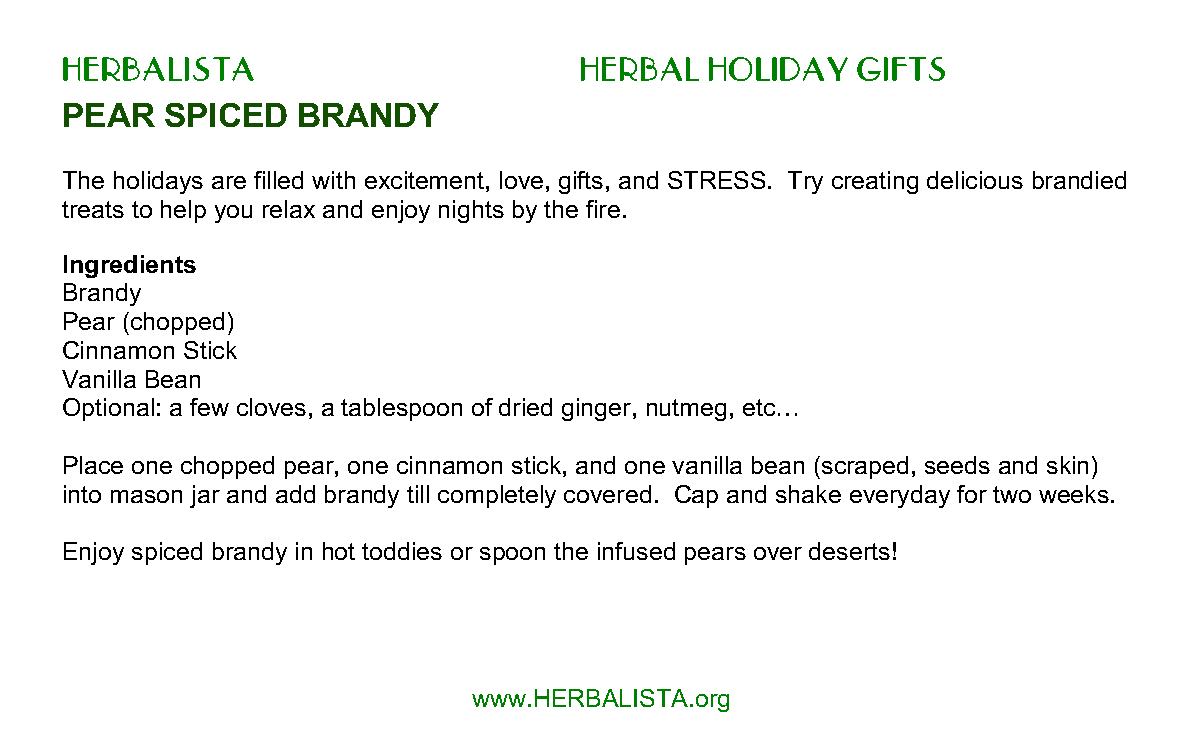
HERBALISTA                        HERBAL   HOLIDAY   GIFTS
 PEAR   SPICED   BRANDY
 The holidays are filled with excitement, love, gifts, and STRESS. Try creating delicious brandied
 treats to help you relax and enjoy nights by the fire.
 Ingredients
 Brandy
 Pear (chopped)
 Cinnamon Stick
 Vanilla Bean
 Optional: a few cloves, a tablespoon of dried ginger, nutmeg, etc…
 Place one chopped pear, one cinnamon stick, and one vanilla bean (scraped, seeds and skin)
 into mason jar and add brandy till completely covered. Cap and shake everyday for two weeks.
 Enjoy spiced brandy in hot toddies or spoon the infused pears over deserts!
 www.HERBALISTA.org